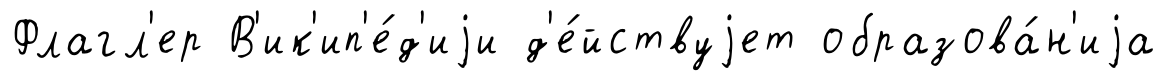
Флагл'ер В'ик'ип'е́д'иjи д'е́йствуjет образова́н'иjа